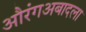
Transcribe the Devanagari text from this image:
औरंगअबादला